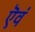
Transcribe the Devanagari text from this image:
ऎवं